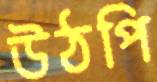
উঠপি